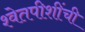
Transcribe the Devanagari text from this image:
श्वेतपीशींची